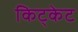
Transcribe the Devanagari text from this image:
किट्केट